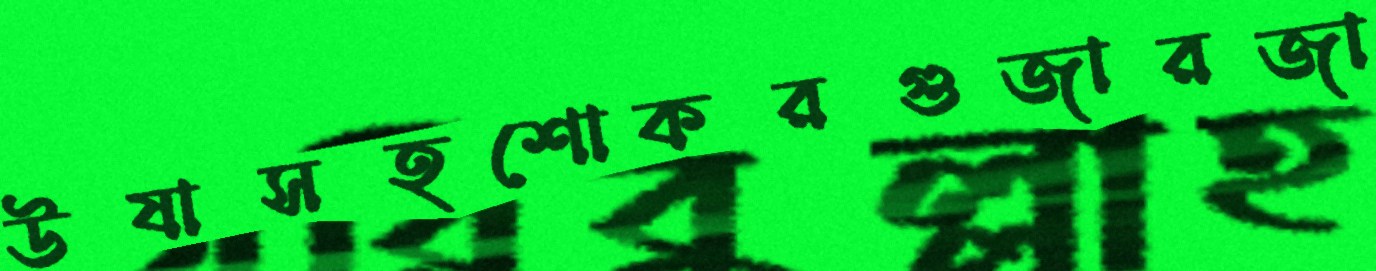
উষাসহশোকরগুজারজা